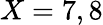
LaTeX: X=7,8